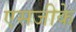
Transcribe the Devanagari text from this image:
एसजीके